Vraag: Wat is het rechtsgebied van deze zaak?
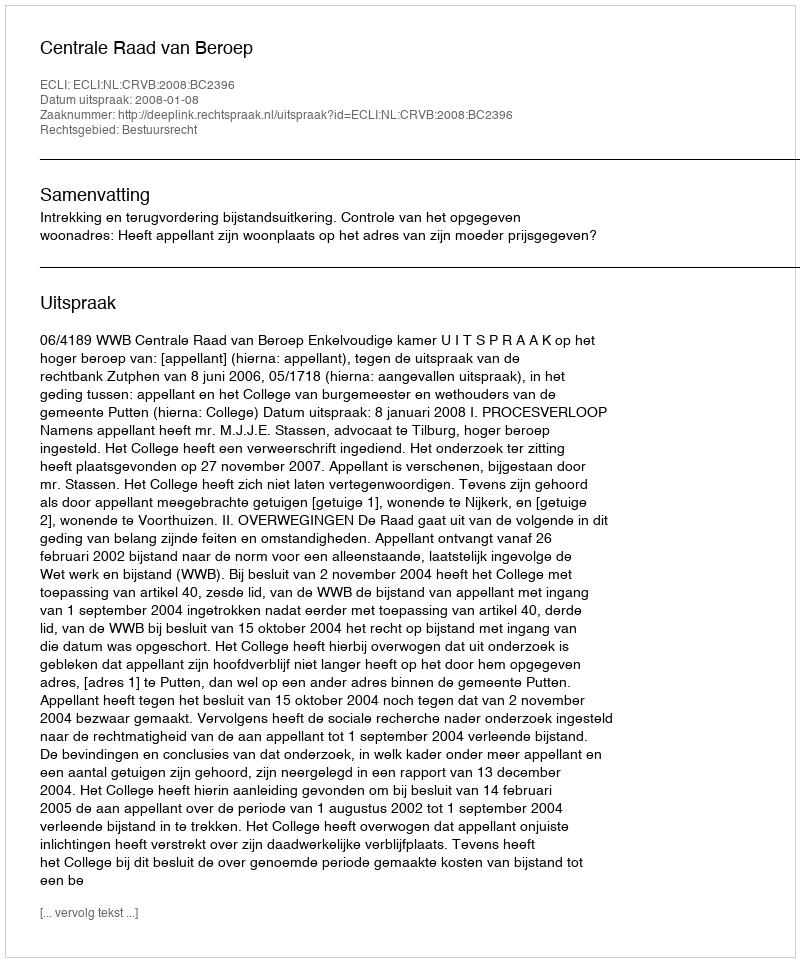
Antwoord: Bestuursrecht